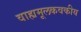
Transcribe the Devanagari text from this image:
वाह्यमूलकवकीय